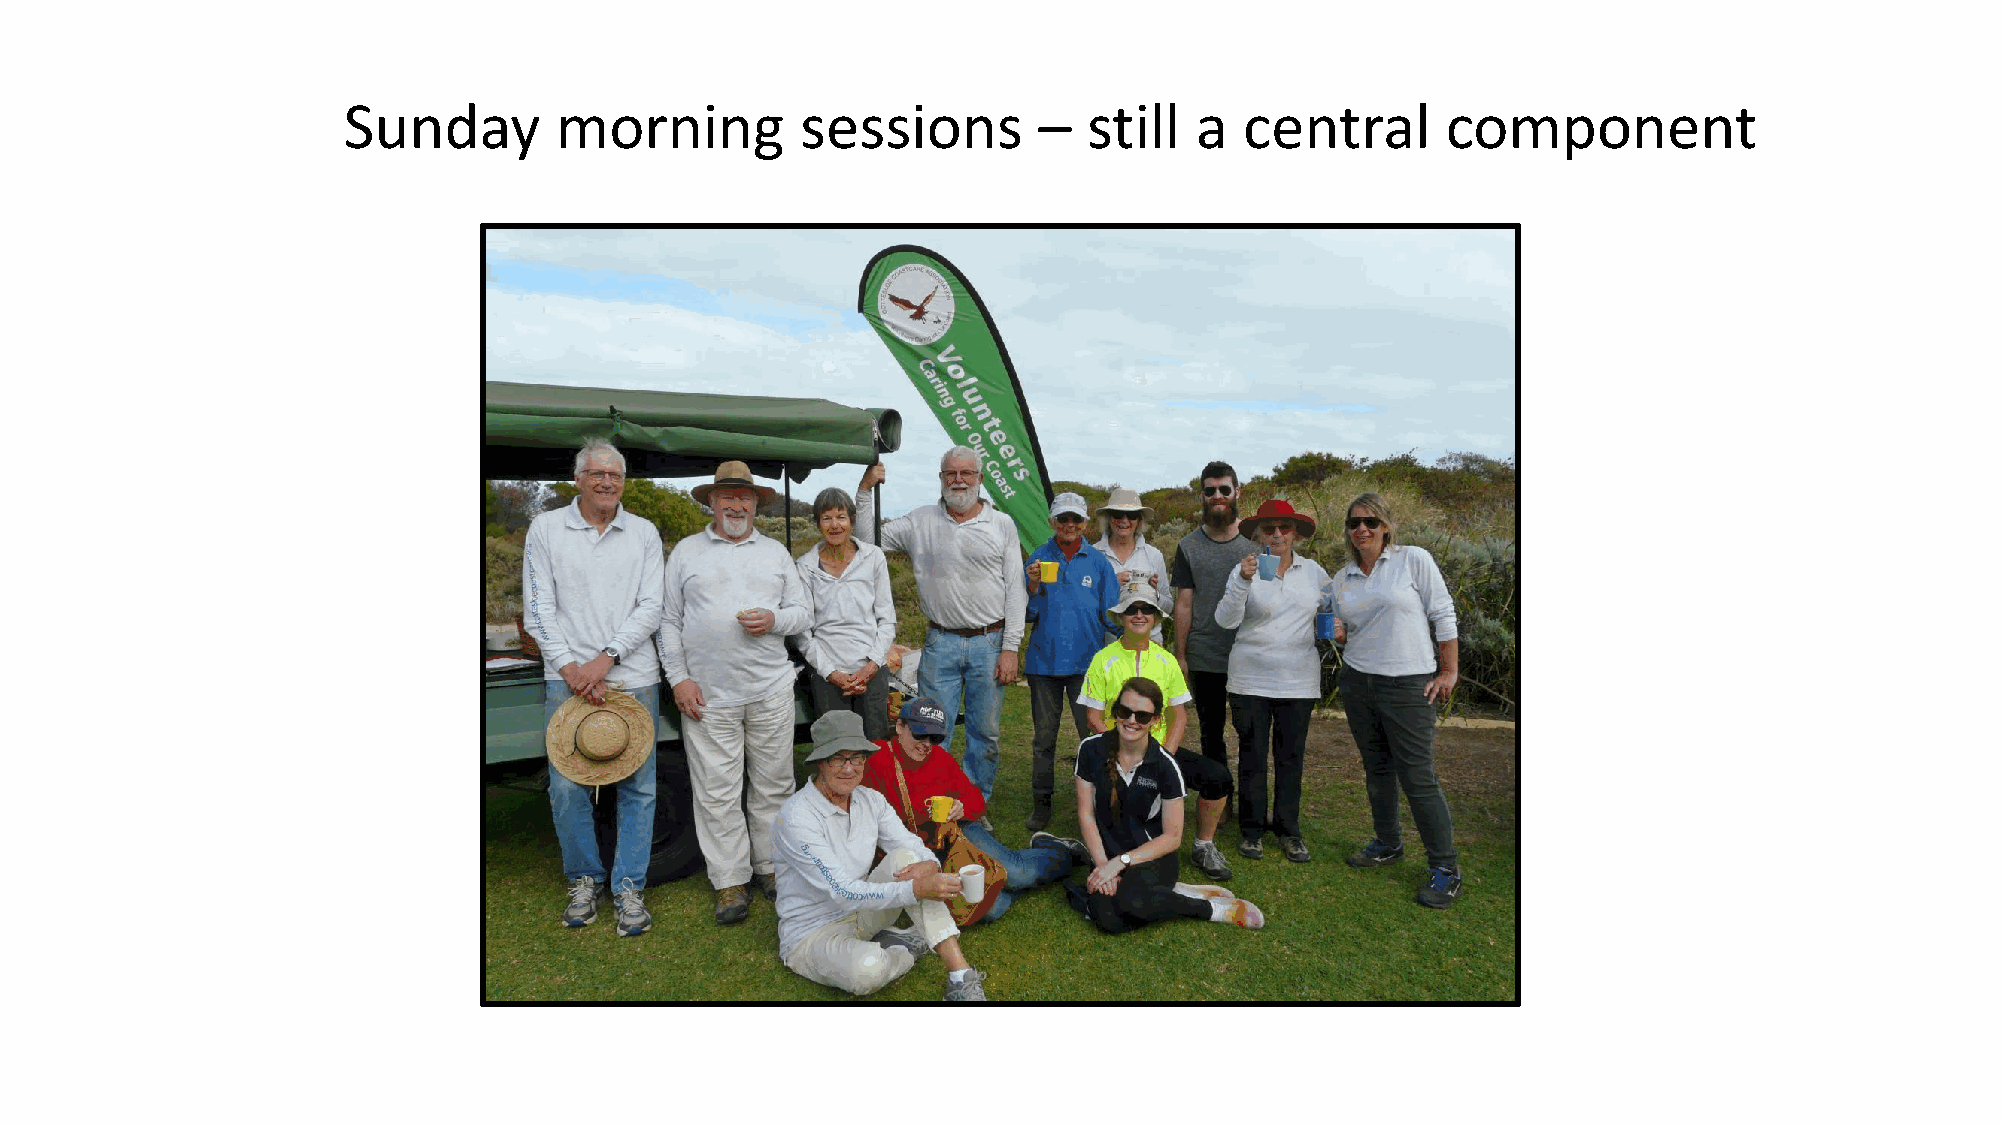
Sunday        morning         sessions        –  still  a  central       component